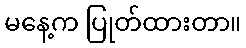
မနေ့က ပြုတ်ထားတာ။